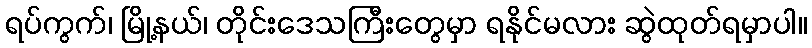
ရပ်ကွက်၊ မြို့နယ်၊ တိုင်းဒေသကြီးတွေမှာ ရနိုင်မလား ဆွဲထုတ်ရမှာပါ။